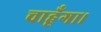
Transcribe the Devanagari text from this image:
चाहूँगा।